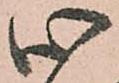
心